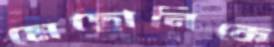
মেছোনিকে